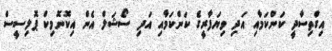
އިގްތިސާދީ ކަންކަމާއި އަދި ވިޔަފާރީގެ ކަންކަމާއި އަދި ސޯޝަލް އެން އިކޮނޮމިކް ޕޮލިސީސް